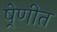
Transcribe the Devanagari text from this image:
ष्रेणीत